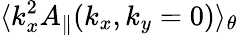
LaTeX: \langle k_{x}^{2}A_{\parallel}(k_{x},k_{y}=0)\rangle_{\theta}